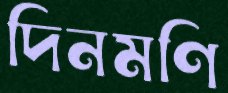
দিনমণি